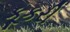
કૂકરી